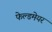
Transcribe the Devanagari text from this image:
फेल्डमेयर